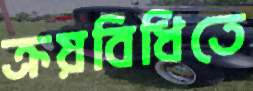
ক্রয়বিধিতে